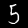
Digit: 5